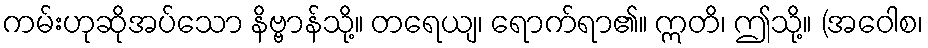
ကမ်းဟုဆိုအပ်သော နိဗ္ဗာန်သို့။ တရေယျ၊ ရောက်ရာ၏။ ဣတိ၊ ဤသို့။ (အဝေါစ၊